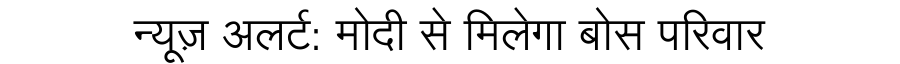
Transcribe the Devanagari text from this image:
न्यूज़ अलर्ट: मोदी से मिलेगा बोस परिवार